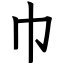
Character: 巾